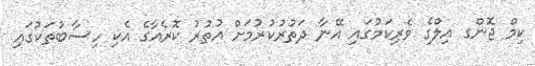
ކިމް ޖޮންގ އިލްގެ ވެރިކަމުގައި އޭނާ ދަތުރުކުރުމަށް އުތުރު ކޮރެއާގެ އެކި ހިސާބުތަކުގައި